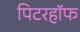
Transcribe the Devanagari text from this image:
पिटरहॉफ